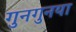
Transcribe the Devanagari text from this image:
गुनगुनया